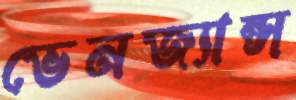
ভেনজ্যান্স